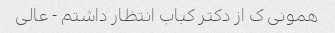
همونی ک از دکتر کباب انتظار داشتم - عالی